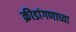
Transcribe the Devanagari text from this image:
क्रीडांगणाच्या